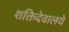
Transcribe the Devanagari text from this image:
शक्तिदेवालये